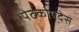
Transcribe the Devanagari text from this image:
पेटकोपदेस